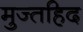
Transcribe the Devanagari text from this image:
मुज्तहिद